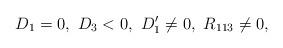
LaTeX: \begin{align*}D_1=0,\ D_3<0,\ D_1'\neq 0,\ R_{113}\neq 0,\end{align*}